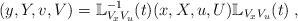
LaTeX: \begin{align*}( y,Y,v ,V) = \mathbb{L}_{V_xV_u}^{-1}(t) (x,X,u ,U)\mathbb{L}_{V_xV_u}(t) \; ,\end{align*}